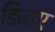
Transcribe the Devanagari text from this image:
डिजाए